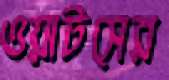
ওয়াটসের